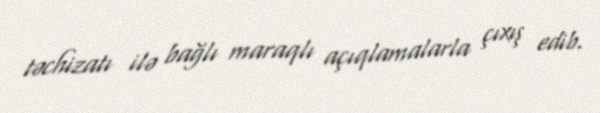
təchizatı ilə bağlı maraqlı açıqlamalarla çıxış edib.